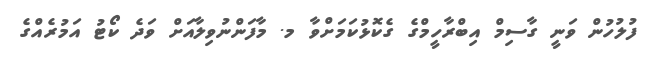
ފުލުހުން ވަނީ ގާސިމް އިބްރާހީމްގެ ގެކޮޅުކަމަށްވާ މ. މާފަންނުވިލާއަށް ވަދެ ކޯޓު އަމުރެއްގެ